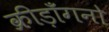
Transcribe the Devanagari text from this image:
क्रीड़ाँगनो